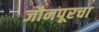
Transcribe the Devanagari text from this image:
जौनपूरचा